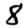
Digit: 8